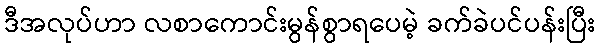
ဒီအလုပ်ဟာ လစာကောင်းမွန်စွာရပေမဲ့ ခက်ခဲပင်ပန်းပြီး